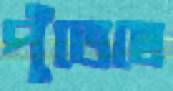
পুঁতেছে